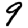
Digit: 9